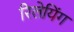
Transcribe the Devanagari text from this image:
रिलेयिंग